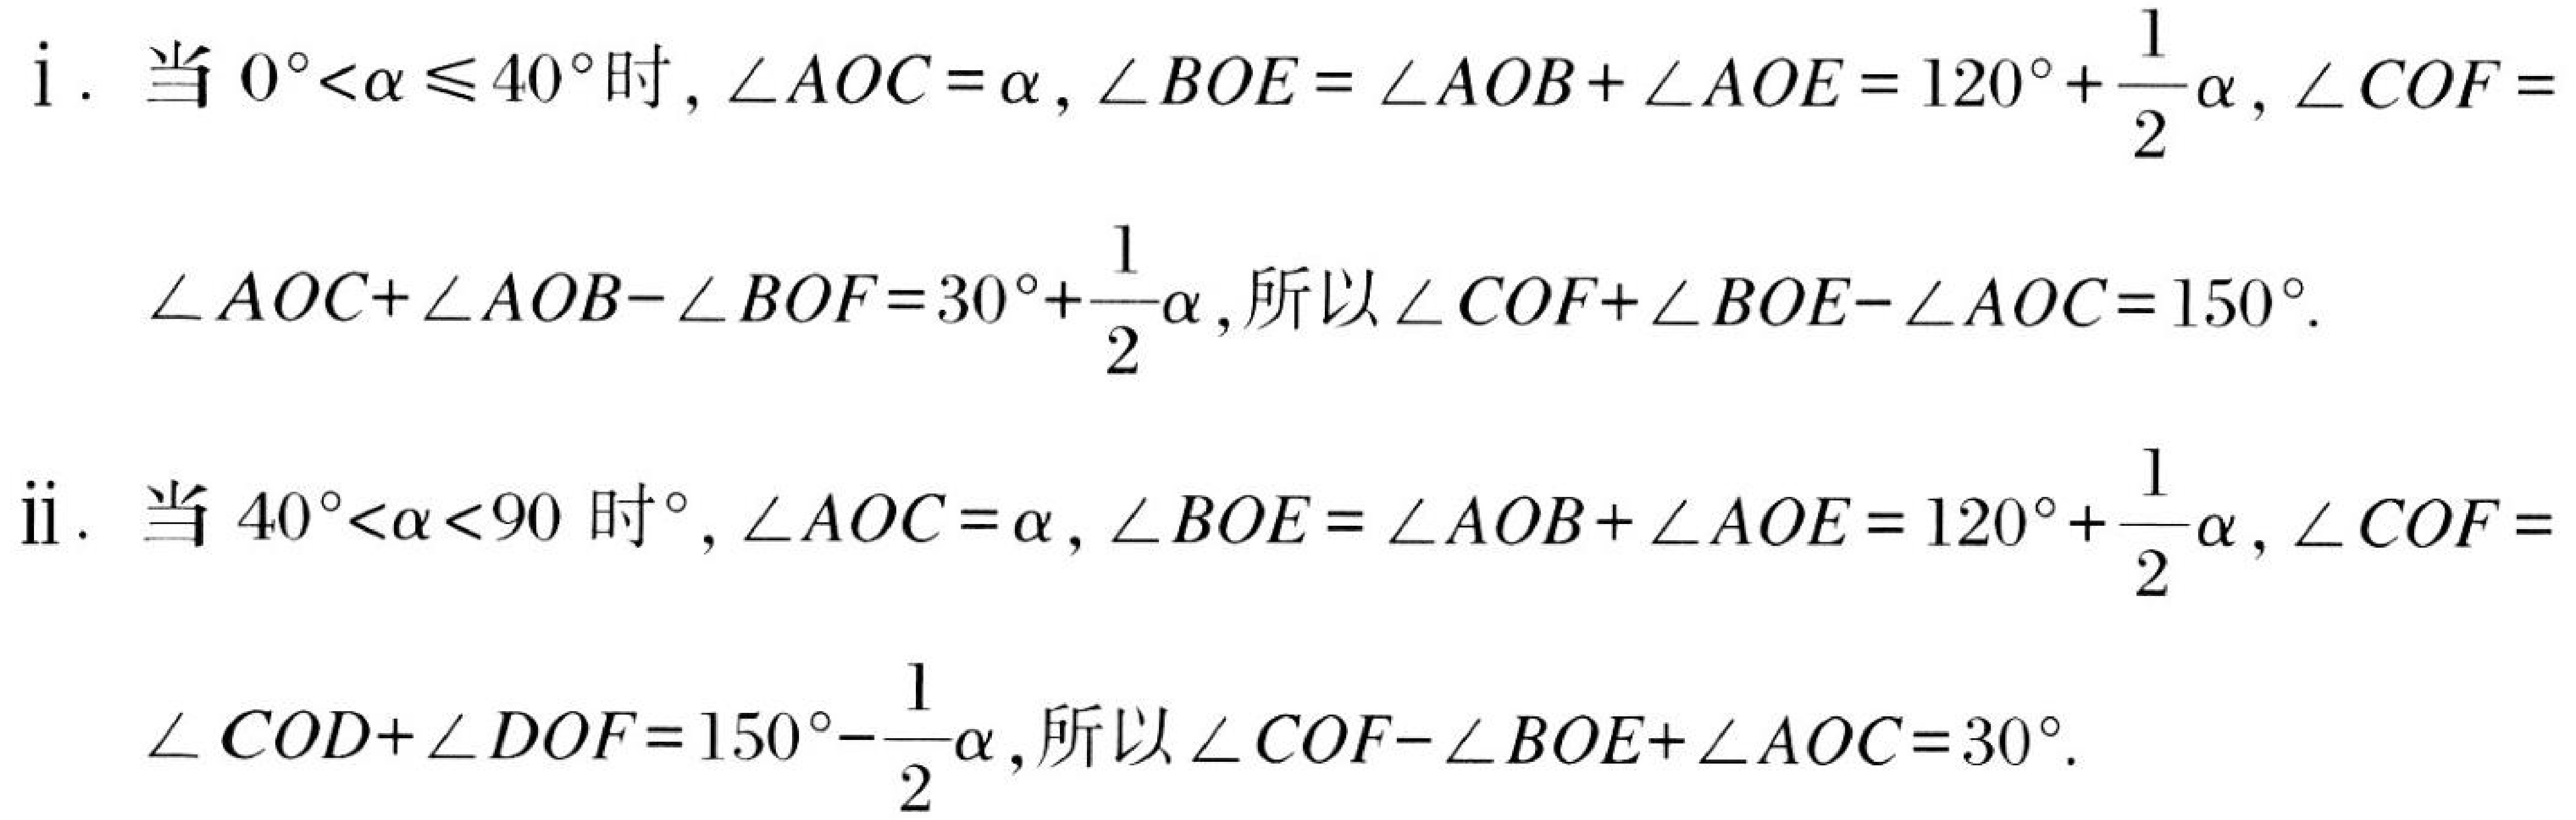
i. 当 \(0^{\circ}<\alpha\leqslant40^{\circ}\)时, \(\angle AOC = \alpha\), \(\angle BOE=\angle AOB+\angle AOE = 120^{\circ}+\frac{1}{2}\alpha\), \(\angle COF = \angle AOC+\angle AOB - \angle BOF=30^{\circ}+\frac{1}{2}\alpha\), 所以\(\angle COF+\angle BOE-\angle AOC = 150^{\circ}\).
ii. 当 \(40^{\circ}<\alpha<90\)时\(^{\circ}\), \(\angle AOC = \alpha\), \(\angle BOE=\angle AOB+\angle AOE = 120^{\circ}+\frac{1}{2}\alpha\), \(\angle COF = \angle COD+\angle DOF=150^{\circ}-\frac{1}{2}\alpha\), 所以\(\angle COF - \angle BOE+\angle AOC = 30^{\circ}\).